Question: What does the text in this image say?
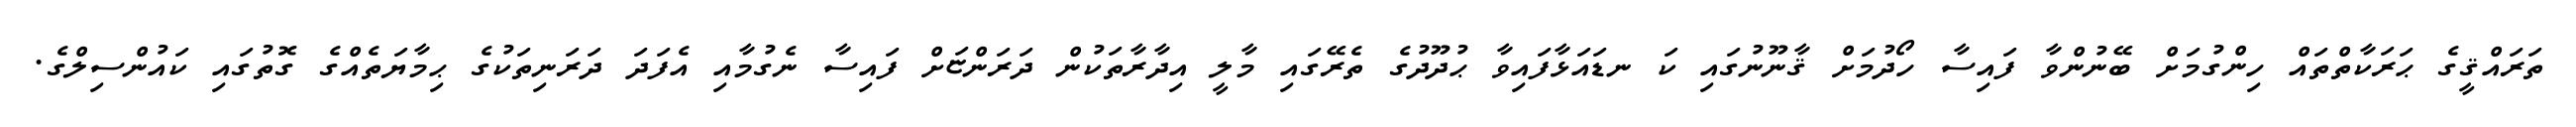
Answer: ތަރައްޤީގެ ޙަރަކާތްތައް ހިންގުމަށް ބޭނުންވާ ފައިސާ ހޯދުމަށް ޤާނޫނުގައި ކަ ނޑައަޅާފައިވާ ޙުދޫދުގެ ތެރޭގައި މާލީ އިދާރާތަކުން ދަރަންޏަށް ފައިސާ ނެގުމާއި އެފަދަ ދަރަނިތަކުގެ ޙިމާޔަތެއްގެ ގޮތުގައި ކައުންސިލްގެ.